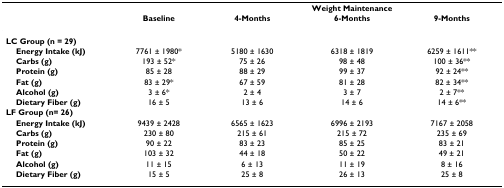
|  |  | <COLSPAN=3> Weight Maintenance |
 |  | Baseline | 4-Months | 6-Months | 9-Months |
 | --- | --- | --- | --- | --- |
 | LC Group (n = 29) |  |  |  |  |
 | Energy Intake (kJ) | 7761 ± 1980* | 5180 ± 1630 | 6318 ± 1819 | 6259 ± 1611** |
 | Carbs (g) | 193 ± 52* | 75 ± 26 | 98 ± 48 | 100 ± 36** |
 | Protein (g) | 85 ± 28 | 88 ± 29 | 99 ± 37 | 92 ± 24** |
 | Fat (g) | 83 ± 29* | 67 ± 59 | 81 ± 28 | 82 ± 34** |
 | Alcohol (g) | 3 ± 6* | 2 ± 4 | 3 ± 7 | 2 ± 7** |
 | Dietary Fiber (g) | 16 ± 5 | 13 ± 6 | 14 ± 6 | 14 ± 6** |
 | LF Group (n= 26) |  |  |  |  |
 | Energy Intake (kJ) | 9439 ± 2428 | 6565 ± 1623 | 6996 ± 2193 | 7167 ± 2058 |
 | Carbs (g) | 230 ± 80 | 215 ± 61 | 215 ± 72 | 235 ± 69 |
 | Protein (g) | 90 ± 22 | 83 ± 23 | 85 ± 25 | 83 ± 21 |
 | Fat (g) | 103 ± 32 | 44 ± 18 | 50 ± 22 | 49 ± 21 |
 | Alcohol (g) | 11 ± 15 | 6 ± 13 | 11 ± 19 | 8 ± 16 |
 | Dietary Fiber (g) | 15 ± 5 | 25 ± 8 | 26 ± 13 | 25 ± 8 |